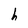
Character: h